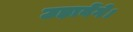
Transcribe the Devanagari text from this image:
उड़ावेंगे।